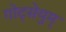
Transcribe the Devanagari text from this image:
गोट्सेयुम्